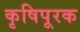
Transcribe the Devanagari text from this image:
कृषिपूरक